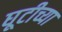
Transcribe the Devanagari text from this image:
घूटीच्या